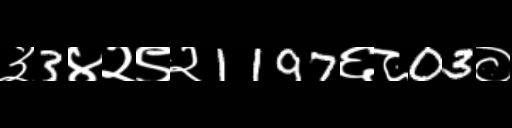
Text: ३3४२९२1197६८03०